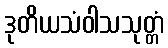
ဒုတိယသံဝါသသုတ္တံ